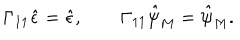
\Gamma _ { 1 1 } \hat { \epsilon } = \hat { \epsilon } , \qquad \Gamma _ { 1 1 } \hat { \psi } _ { M } = \hat { \psi } _ { M } .